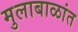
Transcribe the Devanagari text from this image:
मुलाबाळांत